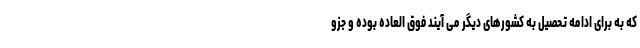
که به برای ادامه تحصیل به کشورهای دیگر می آیند فوق العاده بوده و جزو